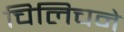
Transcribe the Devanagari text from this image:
चिलिचने